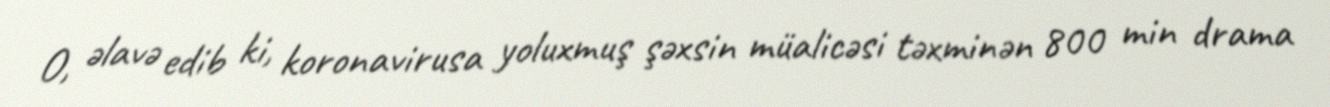
O, əlavə edib ki, koronavirusa yoluxmuş şəxsin müalicəsi təxminən 800 min drama